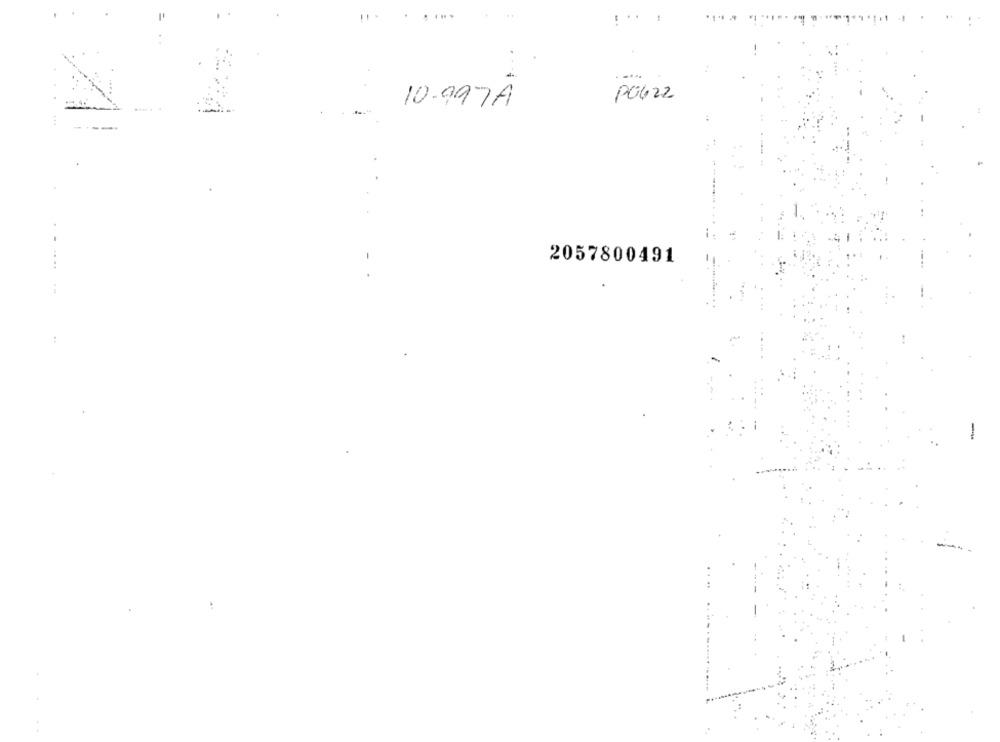
!. .....
PO622
10.997A
2057800491